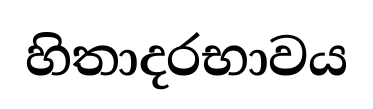
හිතාදරභාවය